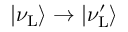
| \nu _ { \mathrm { L } } \rangle \to | \nu _ { \mathrm { L } } ^ { \prime } \rangle